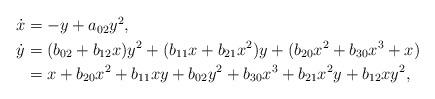
LaTeX: \begin{align*} \begin{aligned}\dot{x}& = -y + a_{02} y^2,\\\dot{y} &= ( b_{02} + b_{12} x )y^2 + ( b_{11} x+b_{21} x^2 )y+ (b_{20} x^2 +b_{30} x^3+x) \\& = x + b_{20} x^2 + b_{11} x y + b_{02} y^2 + b_{30} x^3 + b_{21} x^2 y+ b_{12} x y^2, \end{aligned}\end{align*}